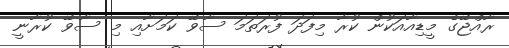
ރާއްޖޭގެ މީޑިއާއަކުން ކުރާ މިފަދަ ފުރަތަމަ ސާވޭ ކަމަށާއި މި ސާވޭ ކުރާނީ